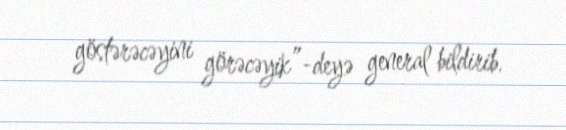
göstərəcəyini görəcəyik”-deyə general bildirib.